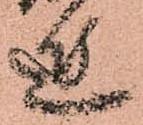
近